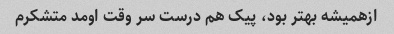
ازهمیشه بهتر بود، پیک هم درست سر وقت اومد متشکرم